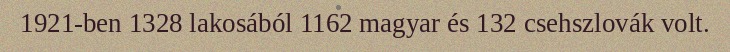
1921-ben 1328 lakosából 1162 magyar és 132 csehszlovák volt.